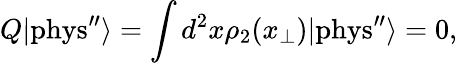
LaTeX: Q|\mathrm{{phys^{\prime\prime}}}\rangle=\int d^{2}x\rho_{2}(x_{\perp})|{\mathrm{phys}^{\prime\prime}}\rangle=0,